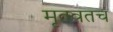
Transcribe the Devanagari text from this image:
मृतवतच